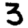
Digit: 3